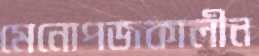
মেনোপজকালীন